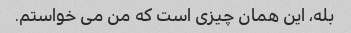
بله، این همان چیزی است که من می خواستم.